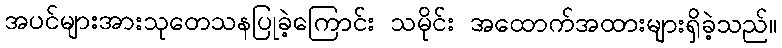
အပင်များအားသုတေသနပြုခဲ့ကြောင်း သမိုင်း အထောက်အထားများရှိခဲ့သည်။